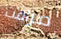
مراقب